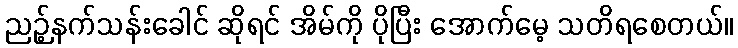
ညဉ့်နက်သန်းခေါင် ဆိုရင် အိမ်ကို ပိုပြီး အောက်မေ့ သတိရစေတယ်။